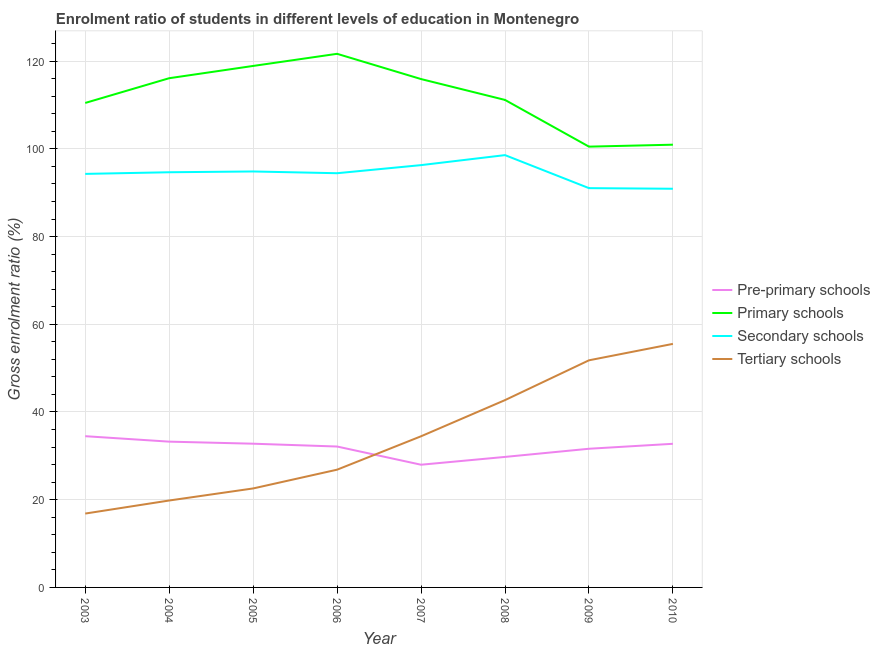
| Year | Pre-primary schools | Primary schools | Secondary schools | Tertiary schools |
 | --- | --- | --- | --- | --- |
 | 2003 | 34.5 | 110 | 94.3 | 16.8 |
 | 2004 | 33.2 | 116 | 94.7 | 19.8 |
 | 2005 | 32.8 | 119 | 94.8 | 22.6 |
 | 2006 | 32.1 | 122 | 94.4 | 26.8 |
 | 2007 | 28 | 116 | 96.3 | 34.5 |
 | 2008 | 29.8 | 111 | 98.6 | 42.7 |
 | 2009 | 31.6 | 101 | 91 | 51.8 |
 | 2010 | 32.8 | 101 | 90.9 | 55.5 |